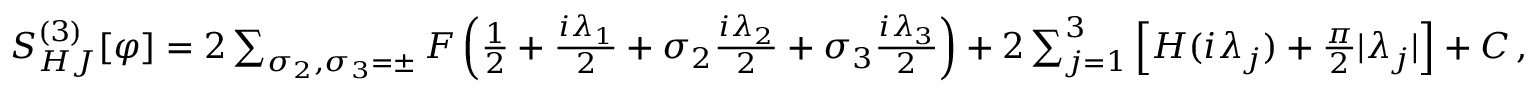
\begin{array} { r } { S _ { H J } ^ { ( 3 ) } [ \varphi ] = 2 \sum _ { \sigma _ { 2 } , \sigma _ { 3 } = \pm } F \left( { \frac { 1 } { 2 } } + { \frac { i \lambda _ { 1 } } { 2 } } + \sigma _ { 2 } { \frac { i \lambda _ { 2 } } { 2 } } + \sigma _ { 3 } { \frac { i \lambda _ { 3 } } { 2 } } \right) + 2 \sum _ { j = 1 } ^ { 3 } \left[ H ( i \lambda _ { j } ) + { \frac { \pi } { 2 } } | \lambda _ { j } | \right] + C \, , } \end{array}